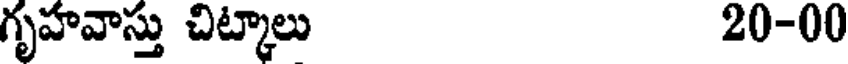
గృహవాస్తు చిట్కాలు 20-00